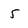
Character: 5